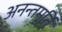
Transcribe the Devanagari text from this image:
अनन्तमूर्ति